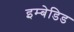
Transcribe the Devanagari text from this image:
इम्बेडिड